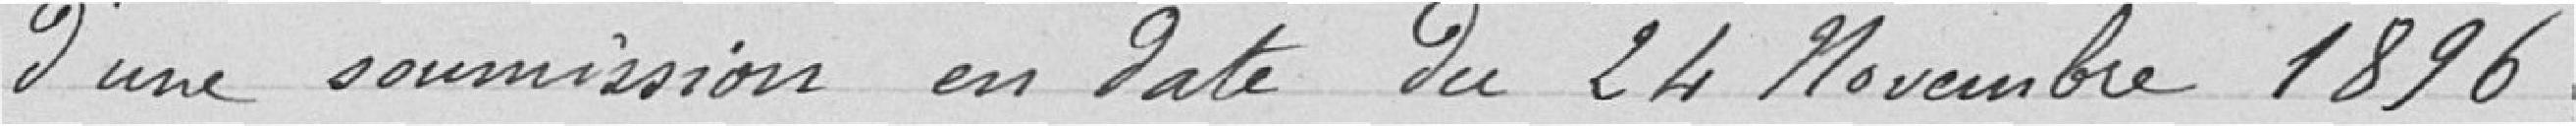
d'une commission en date du 24 Novembre 1896